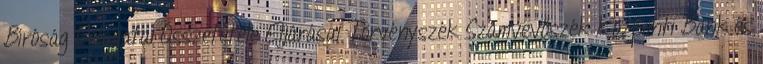
Bíróság Feladatai Összetétele Eljárásai Törvényszék Számvevőszék Központi Bank és